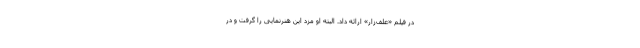
در فیلم «علف‌زار» ارائه داد. البته او مزد این هنرنمایی را گرفت و در